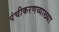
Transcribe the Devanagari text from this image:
पंचीकरणव्याख्या